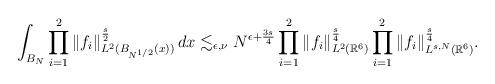
LaTeX: \begin{gather*}\int_{B_{N}} \prod_{i=1}^{2}\|f_{i}\|_{L^2({B_{N^{{1}/{2}}}}(x))}^{\frac{s}{2}}\, dx \lesssim_{\epsilon,\nu} N^{\epsilon+\frac{3s}{4}}\prod_{i=1}^{2}\|f_{i}\|_{L^2(\mathbb{R}^{6})}^{\frac{s}{4}}\prod_{i=1}^{2}\|f_{i}\|_{L^{s,N}(\mathbb{R}^{6})}^{\frac{s}{4}}.\end{gather*}